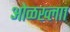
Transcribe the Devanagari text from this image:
ओळख्लाा